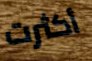
أكثرت